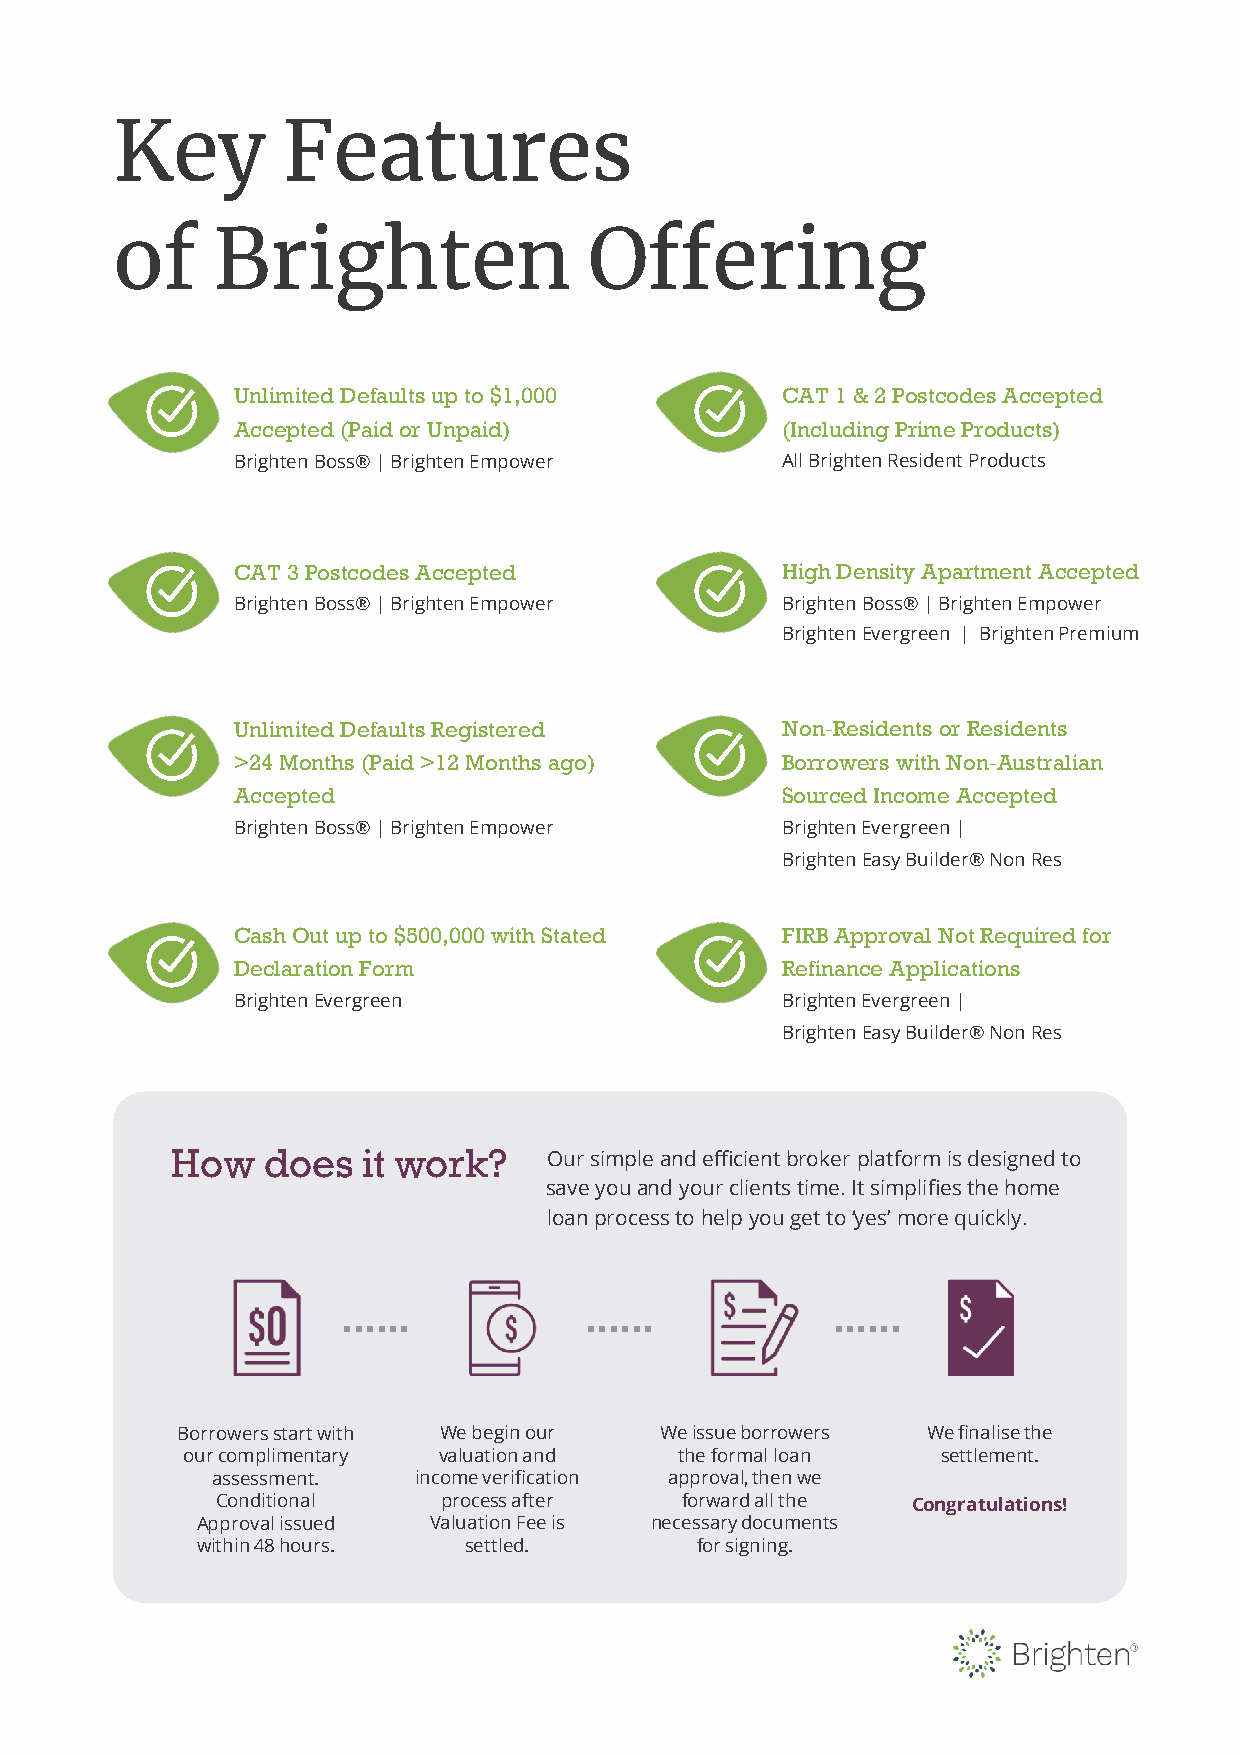
Key         Features
 of     Brighten                 Offering
 Unlimited Defaults up to $1,000     CAT 1 & 2 Postcodes Accepted
 Accepted (Paid or Unpaid)           (Including Prime Products)
 Brighten Boss® | Brighten Empower   All Brighten Resident Products
 CAT 3 Postcodes Accepted            High Density Apartment Accepted
 Brighten Boss® | Brighten Empower   Brighten Boss® | Brighten Empower
 Brighten Evergreen | Brighten Premium
 Unlimited Defaults Registered       Non-Residents or Residents
 >24 Months (Paid >12 Months ago)    Borrowers with Non-Australian
 Accepted                            Sourced Income Accepted
 Brighten Boss® | Brighten Empower   Brighten Evergreen |
 Brighten Easy Builder® Non Res
 Cash Out up to $500,000 with Stated FIRBApproval Not Required for
 Declaration Form                    Refinance Applications
 Brighten Evergreen                  Brighten Evergreen |
 Brighten Easy Builder® Non Res
 How   does   it work?    Oursimpleandefficientbrokerplatformisdesignedto
 save youand yourclientstime.Itsimplifiesthehome
 loanprocesstohelpyougetto‘yes’morequickly.
 Borrowersstartwith We begin our Weissueborrowers Wefinalisethe
 ourcomplimentary valuation and   the formal loan  settlement.
 assessment.  income verification approval,thenwe
 Conditional    process after   forward all the Congratulations!
 Approvalissued Valuation Fee is necessarydocuments
 within48hours.    settled.       for signing.
 8